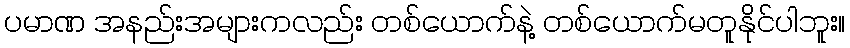
ပမာဏ အနည်းအများကလည်း တစ်ယောက်နဲ့ တစ်ယောက်မတူနိုင်ပါဘူး။